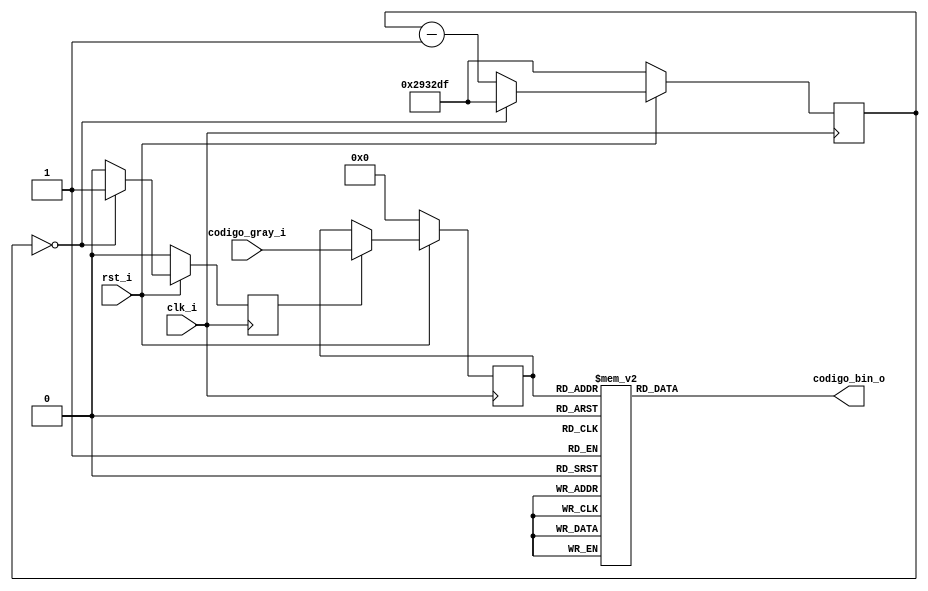
module module_input_deco_gray # (

    parameter WIDTH = 4,
    parameter INPUT_REFRESH = 2700000

)(
    input                  clk_i,
    input                  rst_i,
    input [WIDTH - 1 : 0]  codigo_gray_i,

    output reg [WIDTH - 1 : 0]  codigo_bin_o
);

    //parameters
    localparam WIDTH_INPUT_COUNTER = $clog2(INPUT_REFRESH);

    //Internal signals
    reg [WIDTH - 1 : 0]               codigo_gray_sync_r;
    reg [WIDTH_INPUT_COUNTER - 1 : 0] cuenta_entrada;

    reg en_lectura;

    //Input refresh counter
    always @ (posedge clk_i) begin
        
        if(!rst_i) begin
        
            cuenta_entrada <= INPUT_REFRESH - 1;
            en_lectura <= 0;
        end

        else begin 

            if (cuenta_entrada == 0) begin
                
                cuenta_entrada <= INPUT_REFRESH - 1;
                en_lectura <= 1;
            end

            else begin

                cuenta_entrada <= cuenta_entrada - 1'b1;
                en_lectura <= 0;
            end
        end
    end

    //Input sync
    always @(posedge clk_i) begin

        if(!rst_i) begin
        
            codigo_gray_sync_r <= 0;
        end

        else begin 

            if(en_lectura) begin

                codigo_gray_sync_r <= codigo_gray_i;
            end

            else begin
                
                codigo_gray_sync_r <= codigo_gray_sync_r;
            end
        end  
    end

    //Gray decoder
    always @(codigo_gray_sync_r) begin
        
        codigo_bin_o = 0;

        case (codigo_gray_sync_r) 

            4'b0000: codigo_bin_o = 4'b0000; //0
            4'b0001: codigo_bin_o = 4'b0001; //1
            4'b0011: codigo_bin_o = 4'b0010; //2
            4'b0010: codigo_bin_o = 4'b0011; //3
            4'b0110: codigo_bin_o = 4'b0100; //4
            4'b0111: codigo_bin_o = 4'b0101; //5
            4'b0101: codigo_bin_o = 4'b0110; //6
            4'b0100: codigo_bin_o = 4'b0111; //7
            4'b1100: codigo_bin_o = 4'b1000; //8
            4'b1101: codigo_bin_o = 4'b1001; //9
            4'b1111: codigo_bin_o = 4'b1010; //10
            4'b1110: codigo_bin_o = 4'b1011; //11
            4'b1010: codigo_bin_o = 4'b1100; //12
            4'b1011: codigo_bin_o = 4'b1101; //13
            4'b1001: codigo_bin_o = 4'b1110; //14
            4'b1000: codigo_bin_o = 4'b1111; //15
            
            default: codigo_bin_o = 4'b0000;
        endcase
    end
endmodule